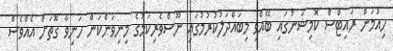
ހިއުމަން ރައިޓްސް ކޮމިޝަނުގައި ބޭއްވި މިބައްދަލުކުރުމުގައި ނޫސްވެރިކަމުގެ މިނިވަންކަން ހަނިވާ ގޮތަށް އެއްވެސް